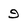
Character: 9